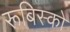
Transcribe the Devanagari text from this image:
रूबिस्को